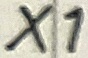
Text: X1